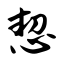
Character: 恝